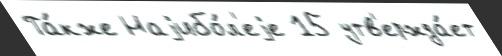
Та́кже Наjибо́л'еjе 15 утв'ержда́ет